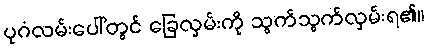
ပုဂံလမ်းပေါ်တွင် ခြေလှမ်းကို သွက်သွက်လှမ်းရ၏။